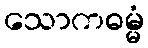
သောကဓမ္မံ